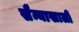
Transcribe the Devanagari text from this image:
सैन्याखाली